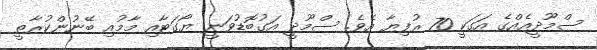
ސްމޫދީއެއްގެ އަގަކީ 70 ރުފިޔާ އެވެ. ސްމޫދީ އަގުބޮޑުވަނީ ޔޯގަޓާއި މާމުއި ބޭނުންކުރާތީ